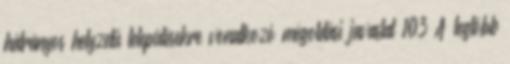
hátrányos helyzetű településekre vonatkozó megoldási javaslat 103 A legtöbb